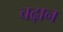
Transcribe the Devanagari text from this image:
चढ़ान